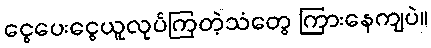
ငွေပေးငွေယူလုပ်ကြတဲ့သံတွေ ကြားနေကျပဲ။